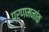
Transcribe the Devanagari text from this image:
प्रणमनांक